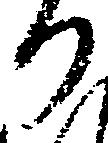
り